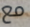
مع